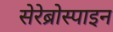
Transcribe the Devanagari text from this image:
सेरेब्रोस्पाइन